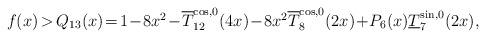
LaTeX: \begin{align*}\begin{array}{rcl}f(x)\!\!&\!\!>\!\!&\!\!Q_{13}(x)\!=\!1\!-\!8x^2\!-\! \overline T_{12}^{\cos ,0}(4x)\!-\!8 x^2 \overline T_8^{\cos ,0}(2x)\!+\!P_6(x) \underline T_7^{\sin ,0}(2x) ,\end{array}\end{align*}